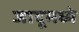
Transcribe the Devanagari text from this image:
जादूमध्ये